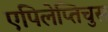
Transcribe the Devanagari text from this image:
एपिलेप्तिचुस